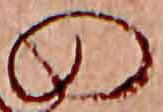
の